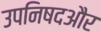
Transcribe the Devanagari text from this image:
उपनिषदऔर